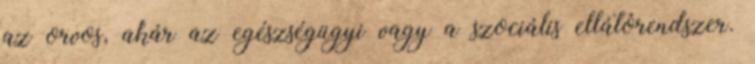
az orvos, akár az egészségügyi vagy a szociális ellátórendszer.